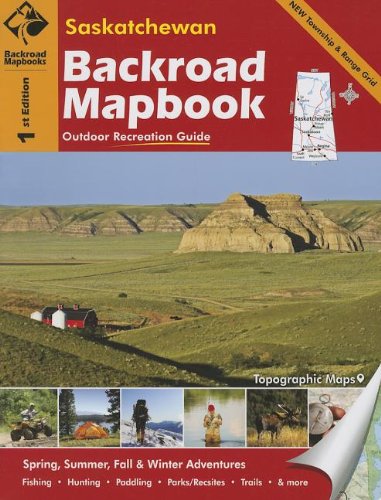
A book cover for Saskatchewan Backroad Mapbook; Travel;